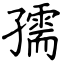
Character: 孺